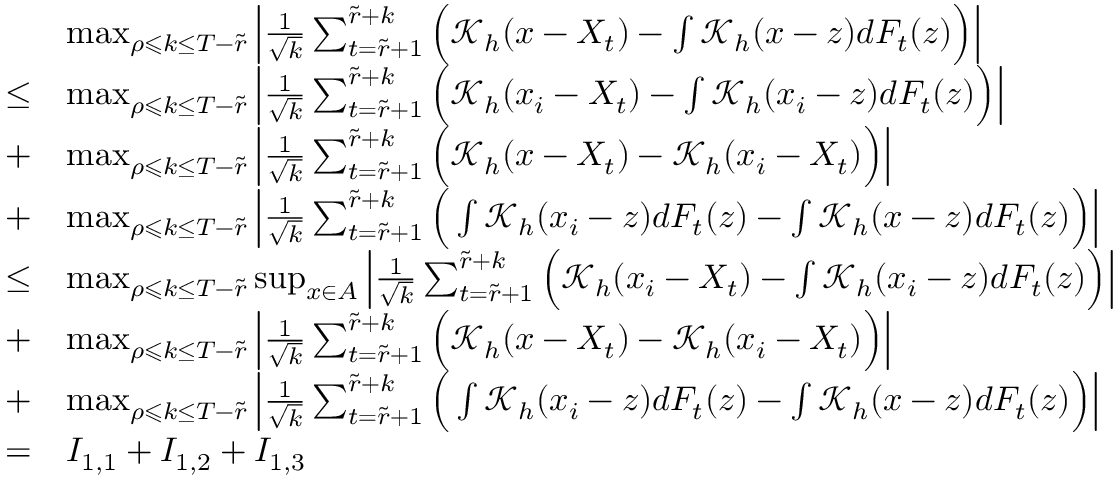
\begin{array} { r l } & { \operatorname* { m a x } _ { \rho \leqslant k \leq T - \widetilde { r } } \Big | \frac { 1 } { \sqrt { k } } \sum _ { t = \widetilde { r } + 1 } ^ { \widetilde { r } + k } \Big ( \mathcal { K } _ { h } ( x - X _ { t } ) - \int \mathcal { K } _ { h } ( x - z ) d F _ { t } ( z ) \Big ) \Big | } \\ { \le } & { \operatorname* { m a x } _ { \rho \leqslant k \leq T - \widetilde { r } } \Big | \frac { 1 } { \sqrt { k } } \sum _ { t = \widetilde { r } + 1 } ^ { \widetilde { r } + k } \Big ( \mathcal { K } _ { h } ( x _ { i } - X _ { t } ) - \int \mathcal { K } _ { h } ( x _ { i } - z ) d F _ { t } ( z ) \Big ) \Big | } \\ { + } & { \operatorname* { m a x } _ { \rho \leqslant k \leq T - \widetilde { r } } \Big | \frac { 1 } { \sqrt { k } } \sum _ { t = \widetilde { r } + 1 } ^ { \widetilde { r } + k } \Big ( \mathcal { K } _ { h } ( x - X _ { t } ) - \mathcal { K } _ { h } ( x _ { i } - X _ { t } ) \Big ) \Big | } \\ { + } & { \operatorname* { m a x } _ { \rho \leqslant k \leq T - \widetilde { r } } \Big | \frac { 1 } { \sqrt { k } } \sum _ { t = \widetilde { r } + 1 } ^ { \widetilde { r } + k } \Big ( \int \mathcal { K } _ { h } ( x _ { i } - z ) d F _ { t } ( z ) - \int \mathcal { K } _ { h } ( x - z ) d F _ { t } ( z ) \Big ) \Big | } \\ { \le } & { \operatorname* { m a x } _ { \rho \leqslant k \leq T - \widetilde { r } } \operatorname* { s u p } _ { x \in A } \Big | \frac { 1 } { \sqrt { k } } \sum _ { t = \widetilde { r } + 1 } ^ { \widetilde { r } + k } \Big ( \mathcal { K } _ { h } ( x _ { i } - X _ { t } ) - \int \mathcal { K } _ { h } ( x _ { i } - z ) d F _ { t } ( z ) \Big ) \Big | } \\ { + } & { \operatorname* { m a x } _ { \rho \leqslant k \leq T - \widetilde { r } } \Big | \frac { 1 } { \sqrt { k } } \sum _ { t = \widetilde { r } + 1 } ^ { \widetilde { r } + k } \Big ( \mathcal { K } _ { h } ( x - X _ { t } ) - \mathcal { K } _ { h } ( x _ { i } - X _ { t } ) \Big ) \Big | } \\ { + } & { \operatorname* { m a x } _ { \rho \leqslant k \leq T - \widetilde { r } } \Big | \frac { 1 } { \sqrt { k } } \sum _ { t = \widetilde { r } + 1 } ^ { \widetilde { r } + k } \Big ( \int \mathcal { K } _ { h } ( x _ { i } - z ) d F _ { t } ( z ) - \int \mathcal { K } _ { h } ( x - z ) d F _ { t } ( z ) \Big ) \Big | } \\ { = } & { I _ { 1 , 1 } + I _ { 1 , 2 } + I _ { 1 , 3 } } \end{array}